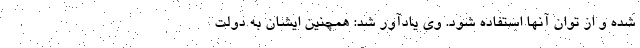
شده و از توان آنها استفاده شود. وی یادآور شد: همچنین ایشان به دولت